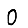
Digit: 0